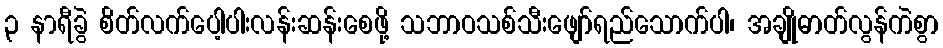
၃ နာရီခွဲ စိတ်လက်ပေါ့ပါးလန်းဆန်းစေဖို့ သဘာဝသစ်သီးဖျော်ရည်သောက်ပါ၊ အချိုဓာတ်လွန်ကဲစွာ